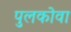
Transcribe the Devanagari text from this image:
पुलकोवा